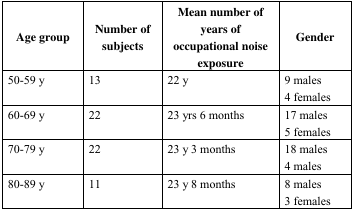
<table><thead><tr><td><b>Age group</b></td><td><b>Number of subjects</b></td><td><b>Mean number of years of occupational noise exposure</b></td><td><b>Gender</b></td></tr></thead><tbody><tr><td>50–59 y</td><td>13</td><td>22 y</td><td>9 males4 females</td></tr><tr><td>60–69 y</td><td>22</td><td>23 yrs 6 months</td><td>17 males5 females</td></tr><tr><td>70–79 y</td><td>22</td><td>23 y 3 months</td><td>18 males4 males</td></tr><tr><td>80–89 y</td><td>11</td><td>23 y 8 months</td><td>8 males3 females</td></tr></tbody></table>